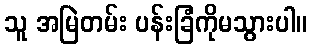
သူ အမြဲတမ်း ပန်းခြံကိုမသွားပါ။